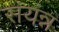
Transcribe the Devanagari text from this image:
संयंन्न